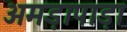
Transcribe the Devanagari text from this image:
अमड़ापाड़ा